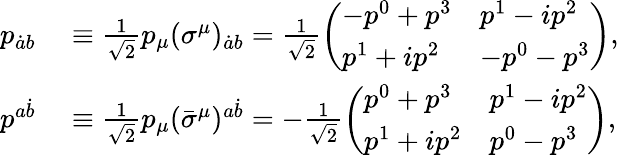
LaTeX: \begin{array}{rl}{p_{\dot{a}b}}&{{}\equiv\frac{1}{\sqrt{2}}p_{\mu}(\sigma^{\mu})_{\dot{a}b}=\frac{1}{\sqrt{2}}\left(\begin{array}{ll}{-p^{0}+p^{3}}&{p^{1}-ip^{2}}\\ {p^{1}+ip^{2}}&{-p^{0}-p^{3}}\end{array}\right),}\\ {p^{a\dot{b}}}&{{}\equiv\frac{1}{\sqrt{2}}p_{\mu}(\bar{\sigma}^{\mu})^{a\dot{b}}=-\frac{1}{\sqrt{2}}\left(\begin{array}{ll}{p^{0}+p^{3}}&{p^{1}-ip^{2}}\\ {p^{1}+ip^{2}}&{p^{0}-p^{3}}\end{array}\right),}\end{array}